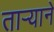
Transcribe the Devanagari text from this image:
तार्‍याने